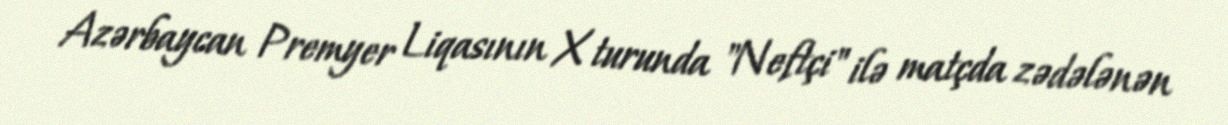
Azərbaycan Premyer Liqasının X turunda "Neftçi" ilə matçda zədələnən